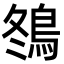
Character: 䳉